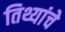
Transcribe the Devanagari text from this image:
तिथ्यांचे